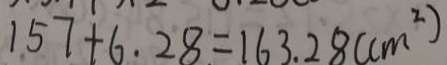
1 5 7 + 6 . 2 8 = 1 6 3 . 2 8 ( c m ^ { 2 } )